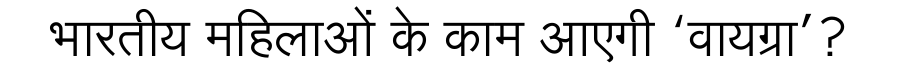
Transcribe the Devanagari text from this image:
भारतीय महिलाओं के काम आएगी ‘वायग्रा’?